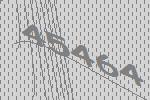
45464